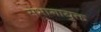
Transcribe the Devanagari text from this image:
संभागायुक्त